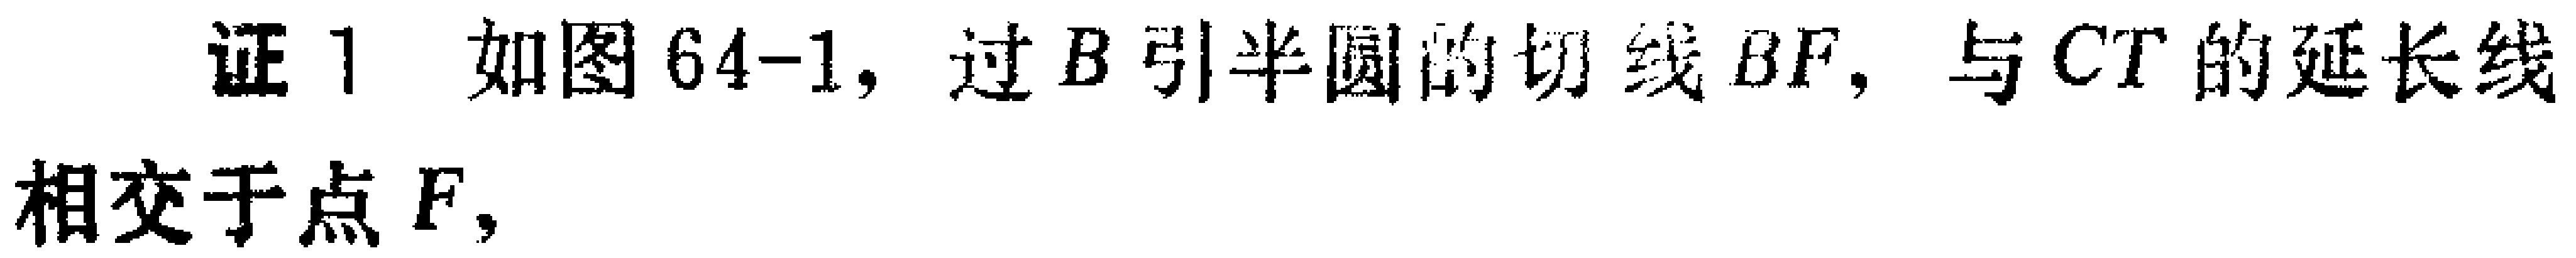
证1 如图64-1, 过\(B\)引半圆的切线\(BF\), 与\(CT\)的延长线相交于点\(F\),